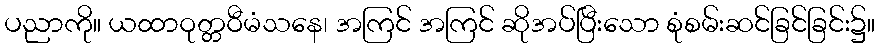
ပညာကို။ ယထာဝုတ္တဝီမံသနေ၊ အကြင် အကြင် ဆိုအပ်ပြီးသော စုံစမ်းဆင်ခြင်ခြင်း၌။